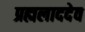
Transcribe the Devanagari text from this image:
प्रह्मलाददेव